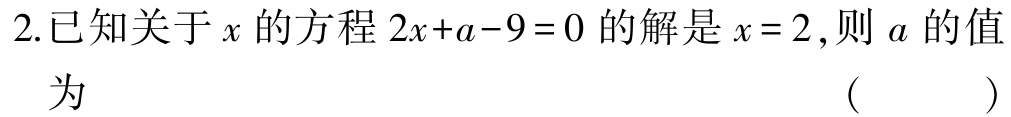
2.已知关于\(x\)的方程\(2x + a - 9 = 0\)的解是\(x = 2\)，则\(a\)的值为 （  ）